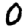
Digit: 0